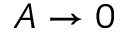
A \to 0